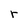
Character: r